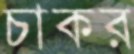
চাকর